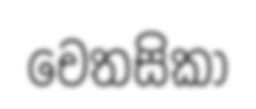
චෙතසිකා